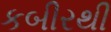
કબીરથી